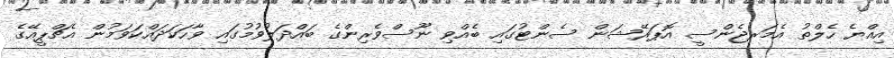
އިއްޔެ ހެލްތު އެމަރޖެންސީ އޮޕަރޭޝަން ސެންޓުގައި ބެއްވި ނޫސްވެރިންގެ ބައްދަލުވުމުގައި ވާހަކަދައްކަވަމުން އެޗްޕީއޭގެ